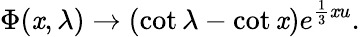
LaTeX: \Phi(\mathit{x},\lambda)\rightarrow(\cot\lambda-\cot\mathit{x})e^{\frac{{1}}{{3}}\mathit{x}u}.